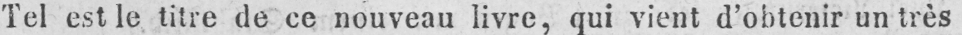
Tel est le titre de ce nouveau livre, qui vient d’obtenir un très